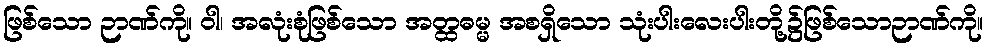
ဖြစ်သော ဉာဏ်ကို။ ဝါ၊ အလုံးစုံဖြစ်သော အတ္ထဓမ္မ အစရှိသော သုံးပါးလေးပါးတို့၌ဖြစ်သောဉာဏ်ကို။